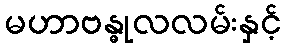
မဟာဗန္ဓုလလမ်းနှင့်